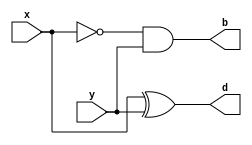
`timescale 1ns / 1ps
//////////////////////////////////////////////////////////////////////////////////
// Company: 
// Engineer: 
// 
// Design Name: 
// Module Name: inv
// Project Name: 
// Target Devices: 
// Tool Versions: 
// Description: 
// 
// Dependencies: 
// 
// Revision:
// Revision 0.01 - File Created
// Additional Comments:
// 
//////////////////////////////////////////////////////////////////////////////////


module inv(
    input x, y,
    output d, b
);

assign d = x^y;
assign b = (~x)&y;

endmodule